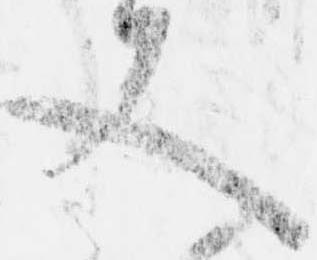
又